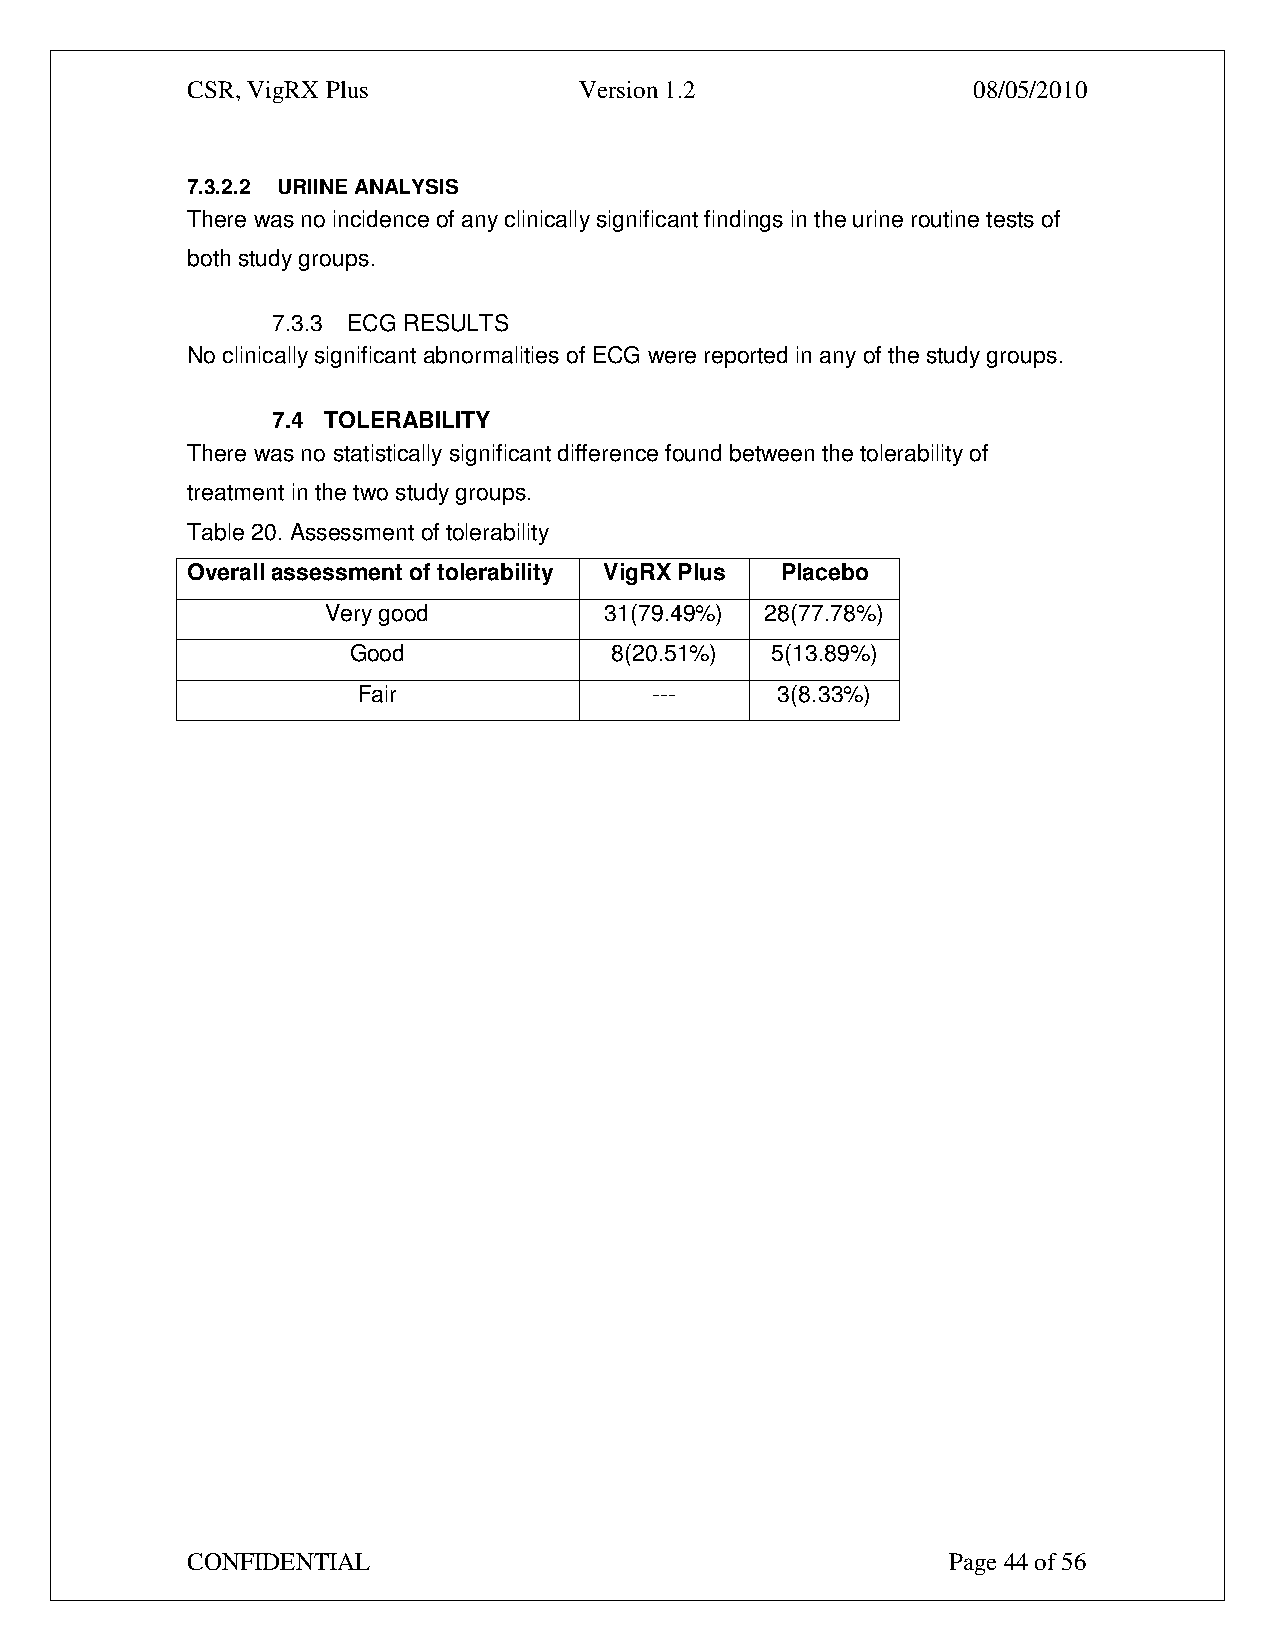
CSR, VigRX Plus           Version 1.2               08/05/2010
 7.3.2.2 URIINE ANALYSIS
 There was no incidence of any clinically significant findings in the urine routine tests of
 both study groups.
 7.3.3 ECG RESULTS
 No clinically significant abnormalities of ECG were reported in any of the study groups.
 7.4 TOLERABILITY
 There was no statistically significant difference found between the tolerability of
 treatment in the two study groups.
 Table 20. Assessment of tolerability
 Overall assessment of tolerability VigRX Plus Placebo
 Very good         31(79.49%) 28(77.78%)
 Good              8(20.51%) 5(13.89%)
 Fair               ---      3(8.33%)
 CONFIDENTIAL                                       Page 44 of 56